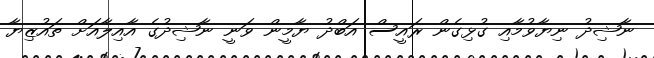
ނާޝިދު ނިޔާވުމާއި ގުޅިގެން ރައީސް އަބްދު ޔާާމީން ވަނީ ނާޝިދުގެ އާއިލާއަށް ތައުޒިޔާ